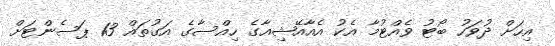
އިހަށް ދުވަހު ބޯޓު ވެއްޓުމާ އެކު އެއާއޭޝިއާގެ ހިއްސާގެ އަގުތައް 13 ޕަސެންޓަށް